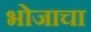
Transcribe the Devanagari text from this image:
भोजाचा